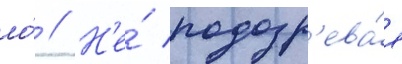
ло́ // Н'е́ подозр'ева́я